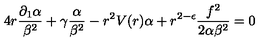
4 r \frac { \partial _ { 1 } \alpha } { \beta ^ { 2 } } + \gamma \frac { \alpha } { \beta ^ { 2 } } - r ^ { 2 } V ( r ) \alpha + r ^ { 2 - \epsilon } \frac { f ^ { 2 } } { 2 \alpha \beta ^ { 2 } } = 0